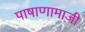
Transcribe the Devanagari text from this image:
पाषाणामाजी